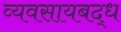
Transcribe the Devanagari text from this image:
व्यवसायबद्ध